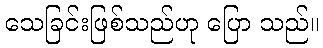
သေခြင်းဖြစ်သည်ဟု ပြော သည်။